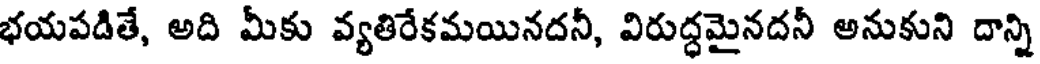
భయపడితే, అది మీకు వ్యతిరేకమయినదనీ, విరుద్ధమైనదనీ అనుకుని దాన్ని